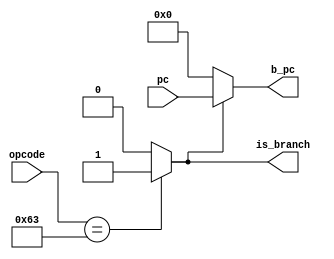
module PREDICTOR
(   
    input   [6:0]   opcode          ,
    input   [31:0]  pc              ,   //  pc 
    
    output          is_branch       ,  
    output  [31:0]  b_pc            
);
    
    // Predictor FSM
    
    // Output taken
    assign is_branch = (opcode == 7'b1100011) ? 1'b1 : 1'b0;       // .   branch!
    assign b_pc = is_branch ? pc : 32'b0;                          // hashing  pc .

endmodule